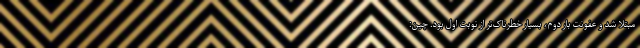
مبتلا شد و عفونتِ بارِ دوم، بسیار خطرناک‌تر از نوبتِ اول بود. چین: